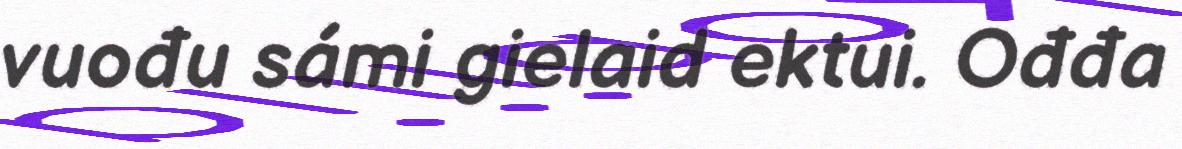
vuođu sámi gielaid ektui. Ođđa